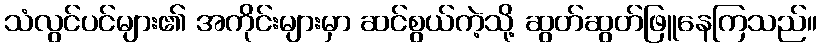
သံလွင်ပင်များ၏ အကိုင်းများမှာ ဆင်စွယ်ကဲ့သို့ ဆွတ်ဆွတ်ဖြူနေကြသည်။